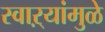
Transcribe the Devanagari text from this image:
स्वाऱ्यांमुळे